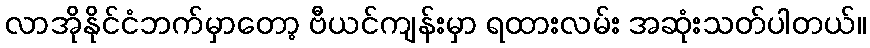
လာအိုနိုင်ငံဘက်မှာတော့ ဗီယင်ကျန်းမှာ ရထားလမ်း အဆုံးသတ်ပါတယ်။